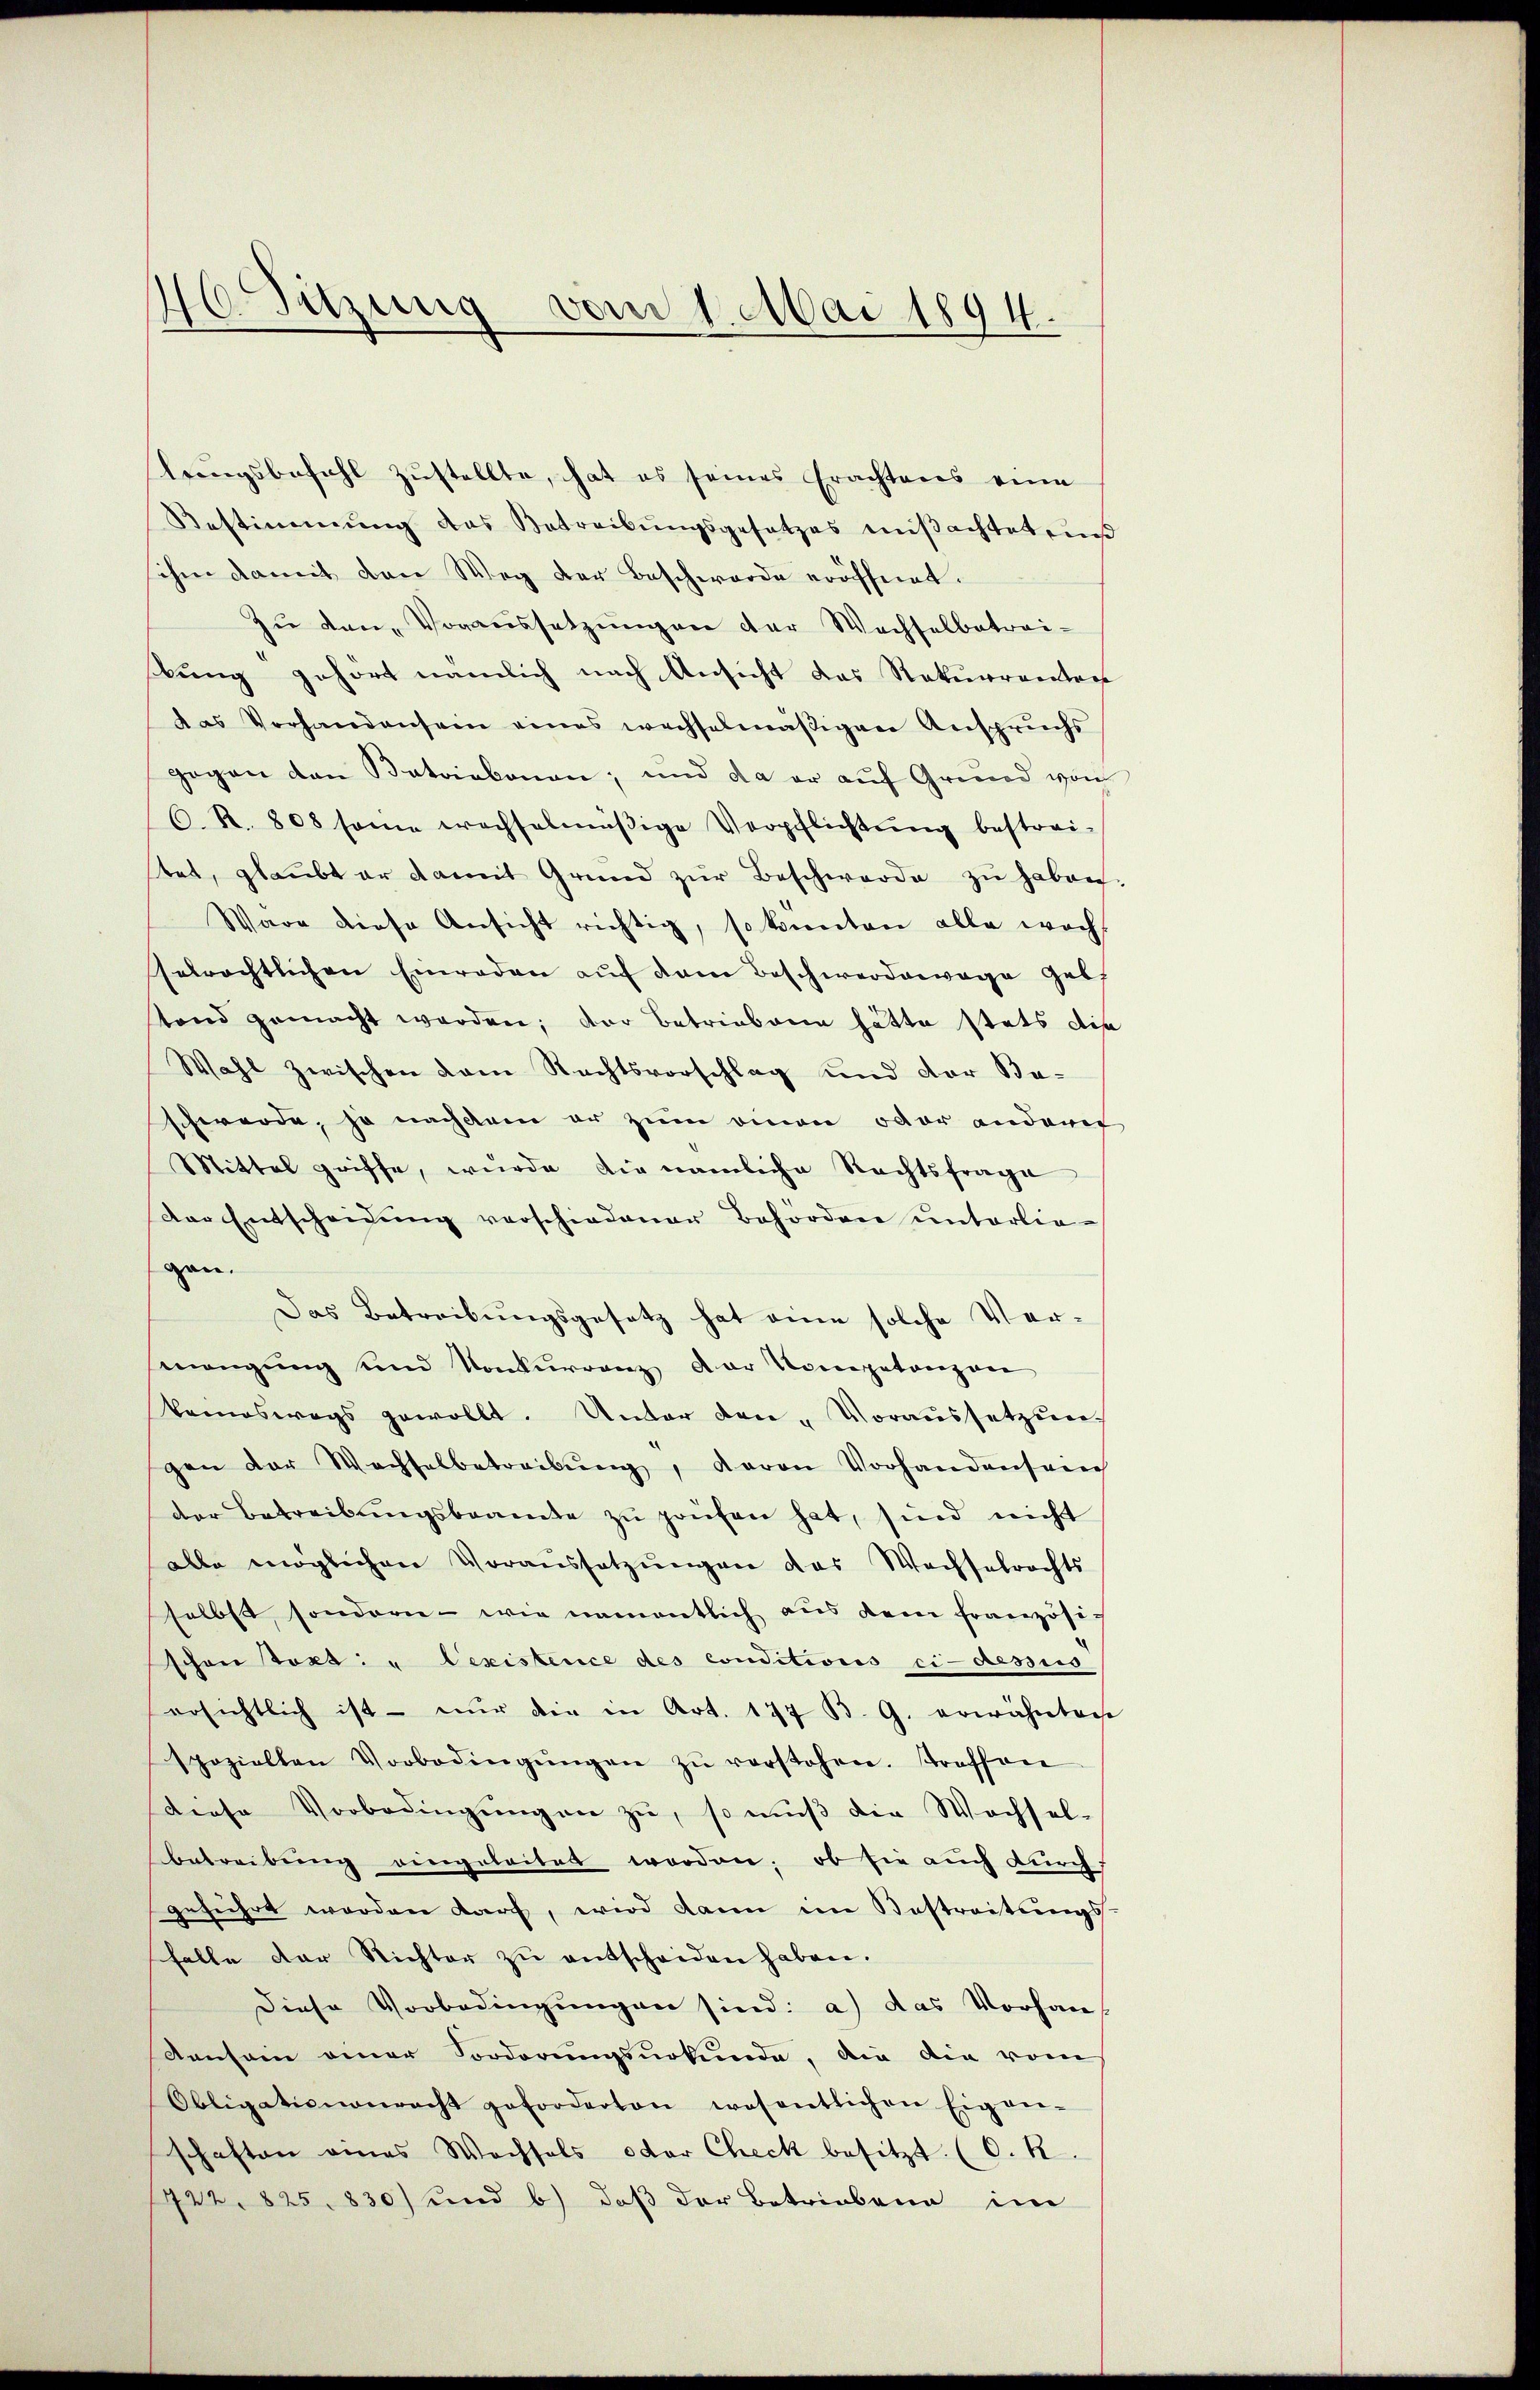
46. Sitzung vom 1. Mai 1894.

lringsbefehl zŭstellte, hat es seines Erachtens eine
Bestimmung des Betreibungsgesetzes mißachtet ein
sehen damit den Weg der Beschwerde eröffnet.
Zŭ den Voraussetzungen der Wechselbetrei-
bung gehört nämlich nach Ansicht das Rekurrenten
das Vorhandensein eines wechselmäßigen Anspruchs
gegen den Batairkonen; und da er auf Grund von
6.R. 808 same wechselmäβige Verpflichtŭng bestrei-
tet, glaubt er damit Grund zŭr Beschwerde zu haben
Ware diese Ansicht richtig, so konnten alle woch
selrechtlichen Einreden aŭf dem Beschwerdenwage gelt
tand gemacht worden; der betriebene hätte stets die
Wahl zwischen dem Rechtsvorschlag und der Beschwerde, so nachdem er zum einen oder anderer
Mittel griffe, wurde die nämliche Rechtsfrage
der Entscheidung verschiedener Behörden unterlie-
gan.
Das Betreibŭngsgesetz hat eine solche Ver-
mengung und Konkurrenz der Kompetenzan
komneswegs gewollt. Unter den-Voraussetzung
gen der Wachselbetreibŭng, davon Vorhandensam
der Betreibŭngsbeamte zŭ prüfen hat, sind nicht
alle möglichen Voraussetzŭngen das Wachselrechts
selbst, sondern - wie namentlich aŭs dem französich
schon test: "Dexistence des conditions ci-dessus
ersichtlich ist - nur die in Art. 177 B. G. erwähnten
spoziellen Vorbedingŭngen zŭ verstehen. Treffen
diese Vorbedingŭngen zŭ, so mŭβ die Wachsel-
betreibung eingeleitet worden; ob sie auch durch
geführt worden darf, wird dann im Bestreitungs-
falle der Richter zŭ entscheiden haben.
Diese Vorbedingungen sind: a) das Vorhan
Annsein einer Vorderungsurkunde, die die vom
Obligationenrecht geforderten wesentlichen Eigen-
schaften eines Wechsels oder Check besitzt. (O. k.
722, 825. 830) und b) daß der Betrieben im